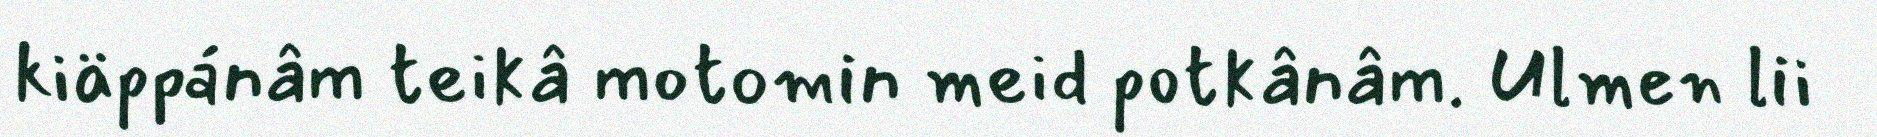
kiäppánâm teikâ motomin meid potkânâm. Ulmen lii